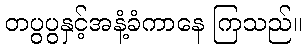
တပွပွနှင့်အနံ့ခံကာနေ ကြသည်။